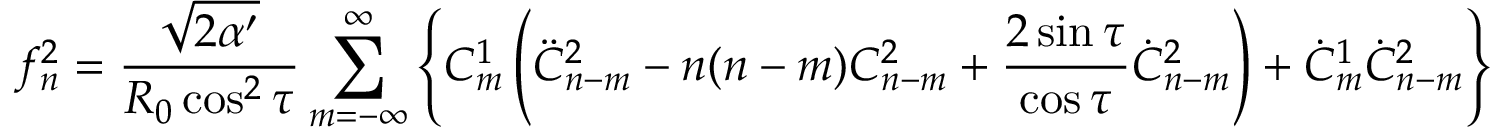
f _ { n } ^ { 2 } = \frac { \sqrt { 2 \alpha ^ { \prime } } } { R _ { 0 } \cos ^ { 2 } \tau } \sum _ { m = - \infty } ^ { \infty } \left\{ C _ { m } ^ { 1 } \left( \ddot { C } _ { n - m } ^ { 2 } - n ( n - m ) C _ { n - m } ^ { 2 } + \frac { 2 \sin \tau } { \cos \tau } \dot { C } _ { n - m } ^ { 2 } \right) + \dot { C } _ { m } ^ { 1 } \dot { C } _ { n - m } ^ { 2 } \right\}